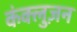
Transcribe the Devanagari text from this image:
कंक्लुज़न